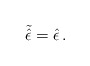
\begin{align*}\tilde{\hat{\epsilon}}=\hat{\epsilon}\, .\end{align*}